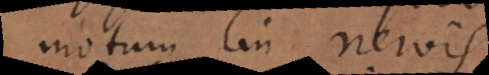
motum in nervis,